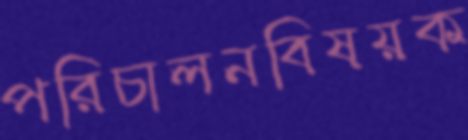
পরিচালনবিষয়ক